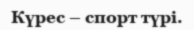
Күрес – спорт түрі.